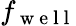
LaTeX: f_{\mathrm{~w~e~l~l~}}